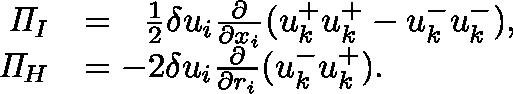
\begin{array} { r l } { \mathit { \Pi } _ { I } } & { = \ \ \frac { 1 } { 2 } \delta u _ { i } \frac { \partial } { \partial x _ { i } } ( u _ { k } ^ { + } u _ { k } ^ { + } - u _ { k } ^ { - } u _ { k } ^ { - } ) , } \\ { \mathit { \Pi } _ { H } } & { = - 2 \delta u _ { i } \frac { \partial } { \partial r _ { i } } ( u _ { k } ^ { - } u _ { k } ^ { + } ) . } \end{array}